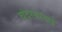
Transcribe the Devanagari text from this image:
चंदरबरदाई